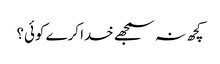
کچھ نہ سمجھے خدا کرے کوئی؟